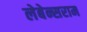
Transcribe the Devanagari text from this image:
लेबेन्सराम